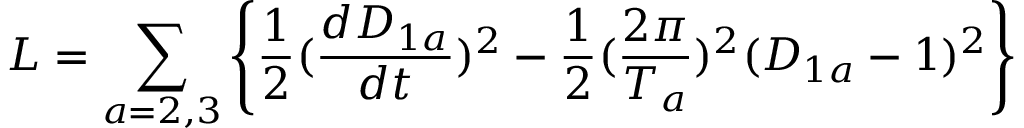
L = \sum _ { a = 2 , 3 } \left\{ \frac { 1 } { 2 } ( \frac { d D _ { 1 a } } { d t } ) ^ { 2 } - \frac { 1 } { 2 } ( \frac { 2 \pi } { T _ { a } } ) ^ { 2 } ( D _ { 1 a } - 1 ) ^ { 2 } \right\}